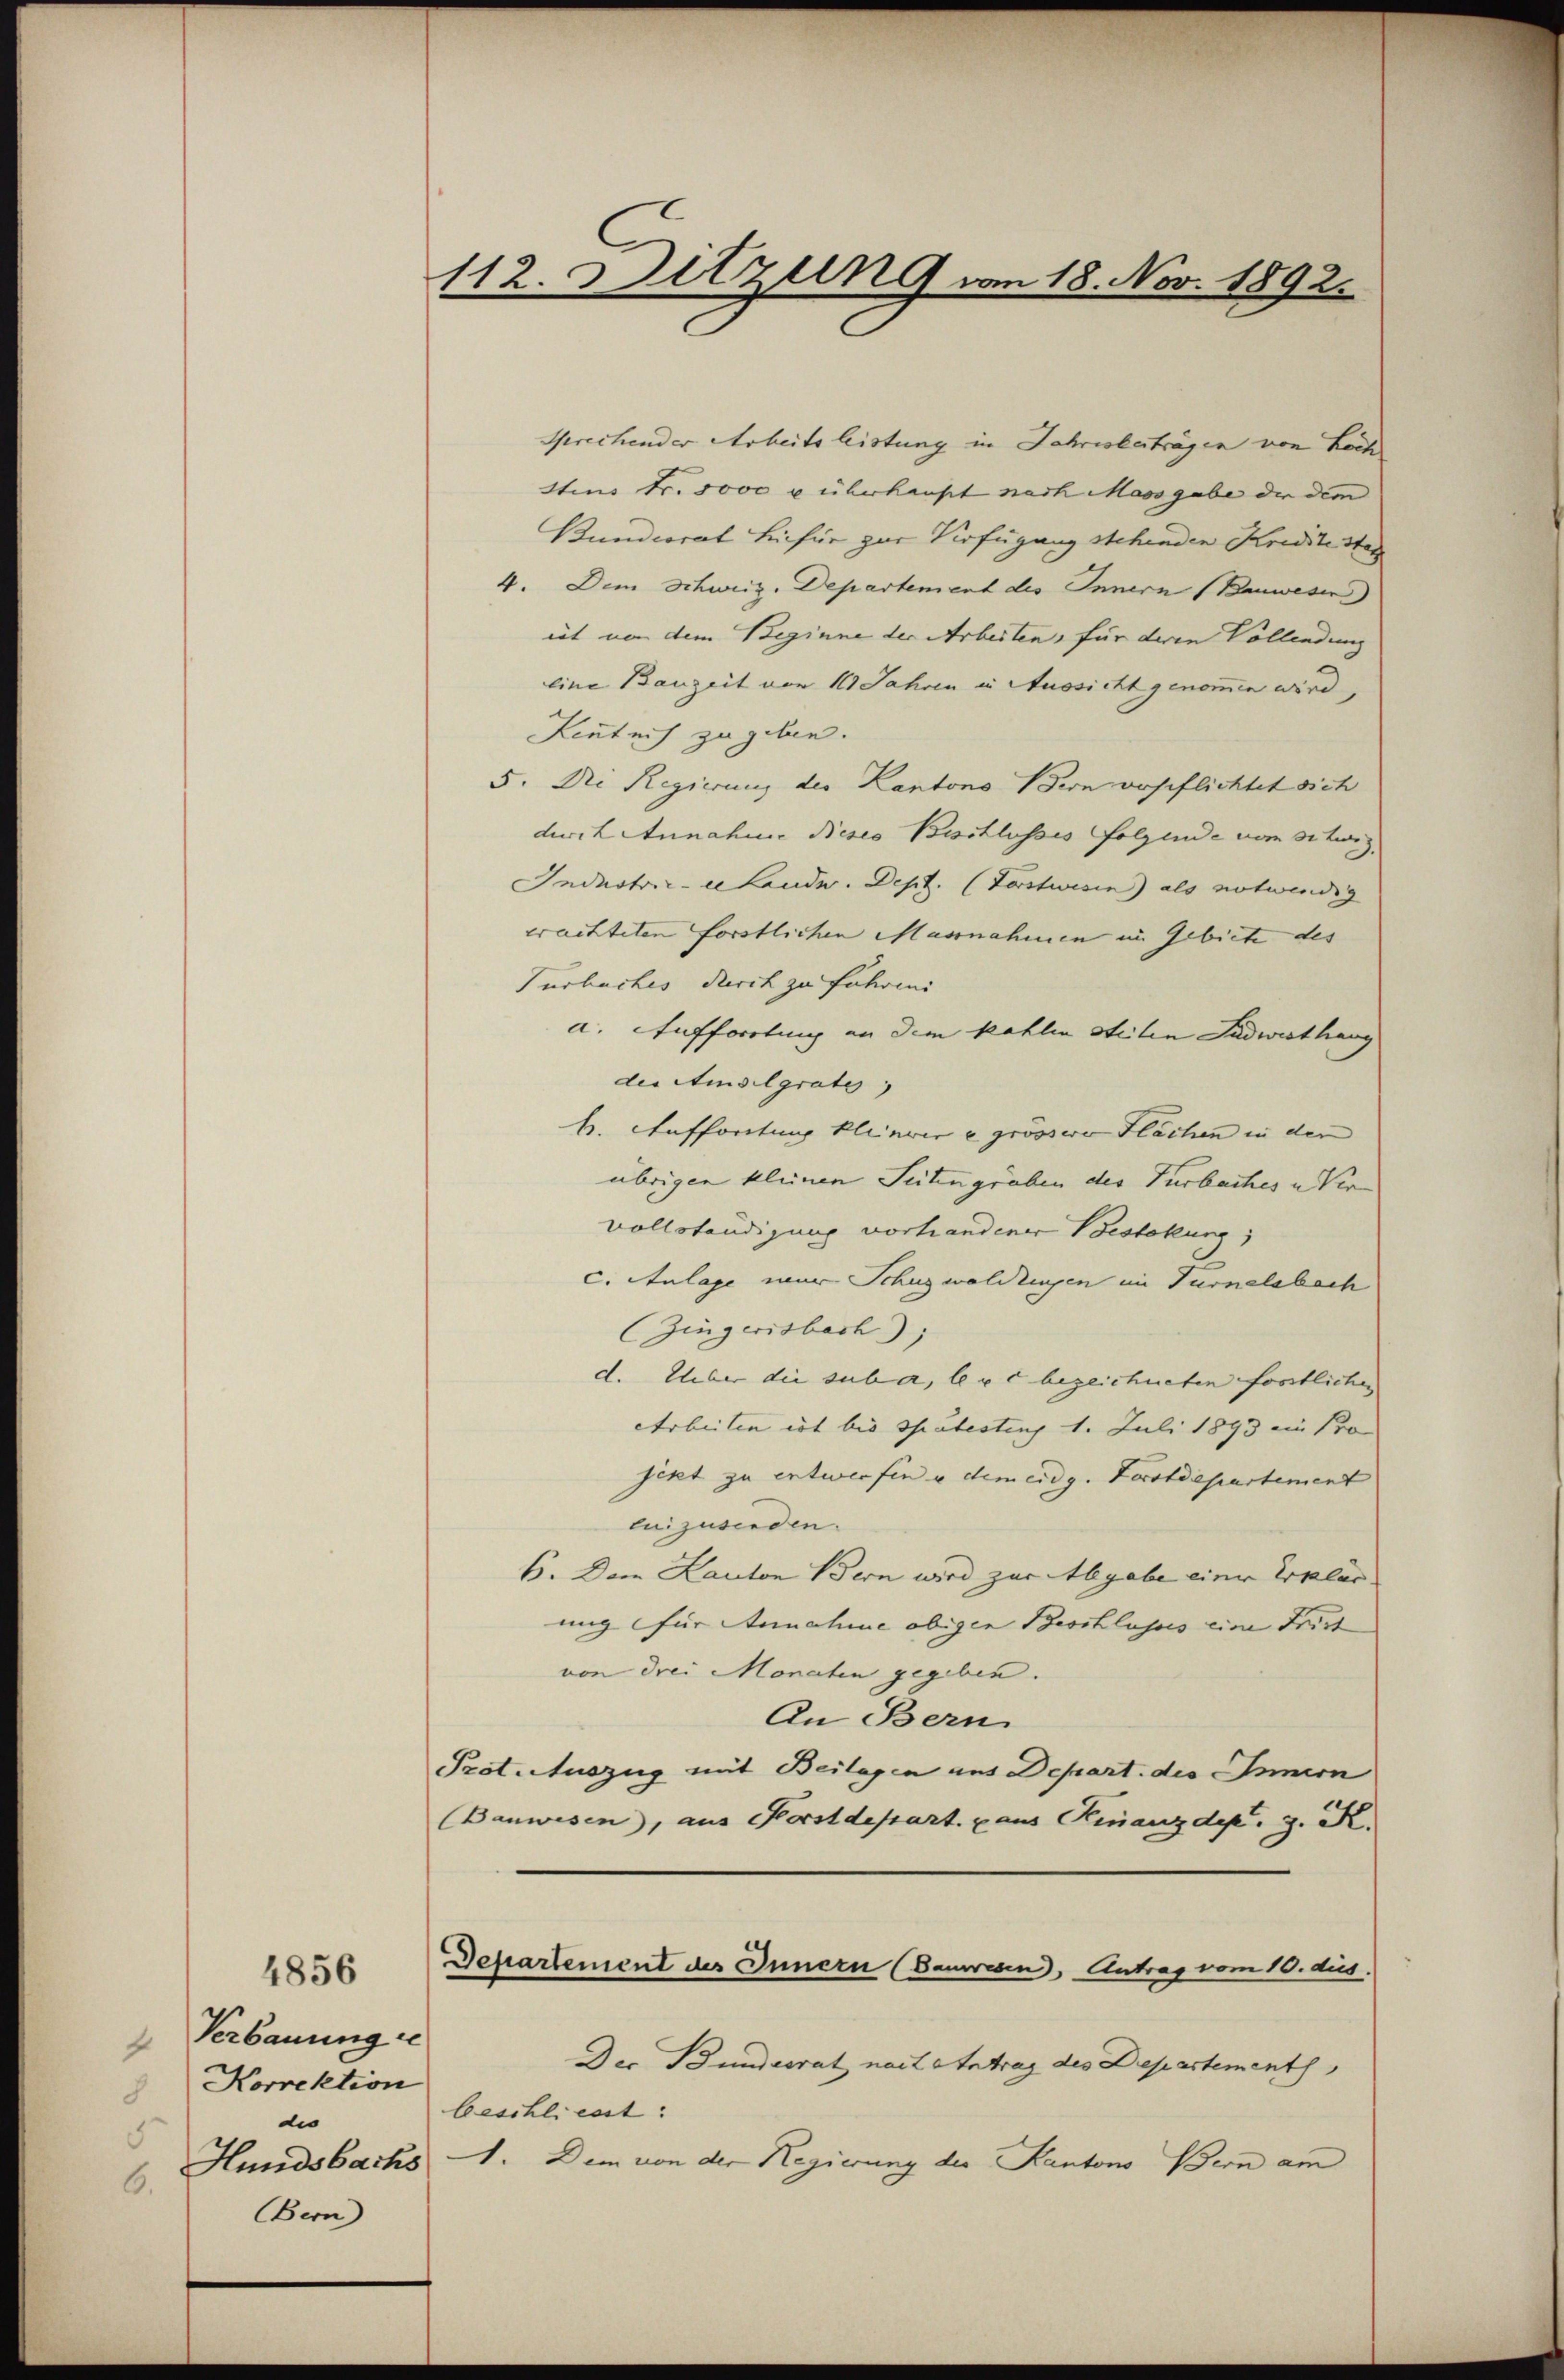
Verbauung de
Korrektion
dio
5
6.
Bern)

4856

112. Sitzung von 18. Nov. 1892.

Sprechender Arbeits leistung in Jahresberträgen von Löch
stins Fr. 5000 u. überhaupt nach Massgabe der die
Bunderat hiefür zur Verfügung stehenden Krediteste
4. Dem Schweiz. Departement des Innern (Bauwesen
iet von dem Beginne der Arbeiten, für deren Vollendung
eine Bauzeit von 111 Jahren in Aussicht genommen wird,
Lentnis zu geben.
5. Die Regierung der Kantons Bern verpflichtet sich
durch Annahme dieses Beschlusses folgende vom Steig
Industrie Landw. Dept. (Vorstwisen) als notwendig
erachteten forstlichen Massnahmen im Gebiete des |
Turbuches durch zu Fuhren
a. Aufforstung an dem kahlen steilen Sadwesthang
der Amsilgratu
k. Auffortung kleinvere grössere Flächen in der
übrigen kleinen Seitengräben des Turbaches u Vervollständigung vorhandener Bestekung
c. Anlage war Schuzwaldungen im Turnelsbach
(Zingerisbach),
d. Ueber die suba, legt bezeichneten fortlichen
Arbeiten ist bis habestung 1. Juli 1893 ein Pro
jekt zu entwerfen u dem eidg. Forstdepartement
cuizusenden.
6. Dem Kanton Bern wird zur Abgabe einer Erplus.
ung für Annahme obigen Beschluss eine drit
von drei Monaten gegeben.
An Bern.
Prot. Auszug mit Beilagen aus Depart. des Innern
Bauwesen, aus Korstdepart. pans Finanzdep. z. R.
Departement des Innern (Bauren, Antrag vom 10. dus.
Der Bundesrat nach Antrag des Departementh
beschliest:
Hundsbachs 1. Dem von der Regierung der Kantons Bern am